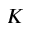
K